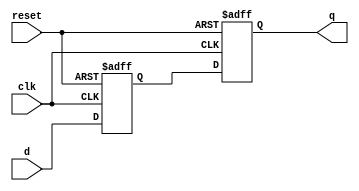
module t_ff (
    input wire clk,
    input wire reset,
    input wire d,
    output reg q
);

reg d_ff1, d_ff2;

always @ (posedge clk or posedge reset) begin
    if (reset) begin
        d_ff1 <= 0;
        d_ff2 <= 0;
    end
    else begin
        d_ff1 <= d;
        d_ff2 <= d_ff1;
    end
end

assign q = d_ff2;

endmodule